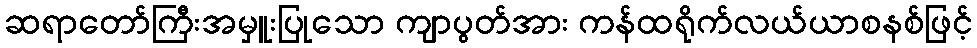
ဆရာတော်ကြီးအမှူးပြုသော ကျာပွတ်အား ကန်ထရိုက်လယ်ယာစနစ်ဖြင့်